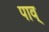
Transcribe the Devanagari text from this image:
पाव्